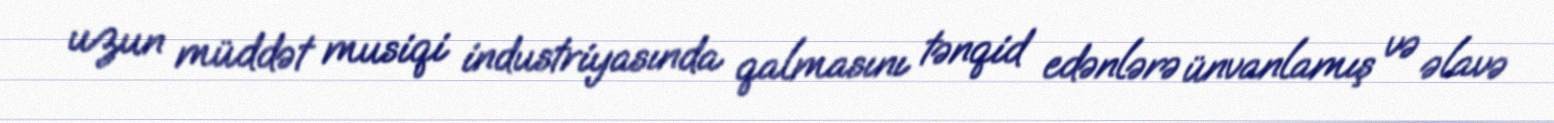
uzun müddət musiqi industriyasında qalmasını tənqid edənlərə ünvanlamış və əlavə